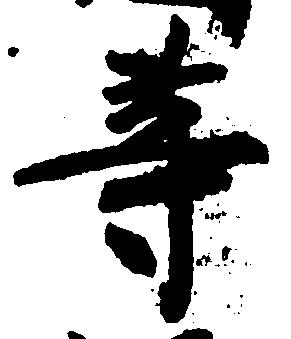
等